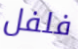
فلفل